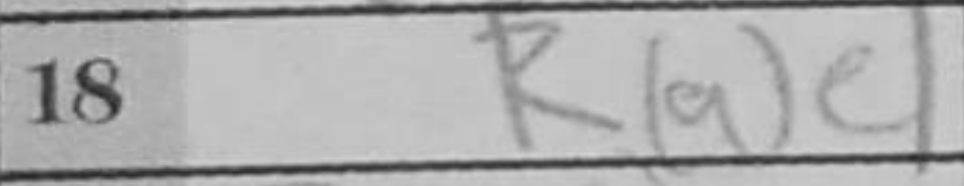
Transcription: Rae1